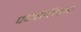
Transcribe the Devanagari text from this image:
पदवीशिवाय